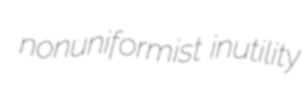
nonuniformist inutility